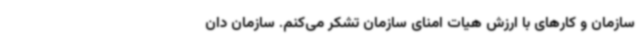
سازمان و کارهای با ارزش هیات امنای سازمان تشکر می‌کنم. سازمان دان